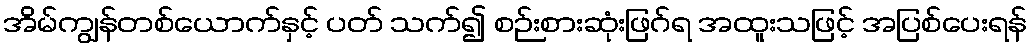
အိမ်ကျွန်တစ်ယောက်နှင့် ပတ် သက်၍ စဉ်းစားဆုံးဖြဂ်ရ အထူးသဖြင့် အပြစ်ပေးရန်